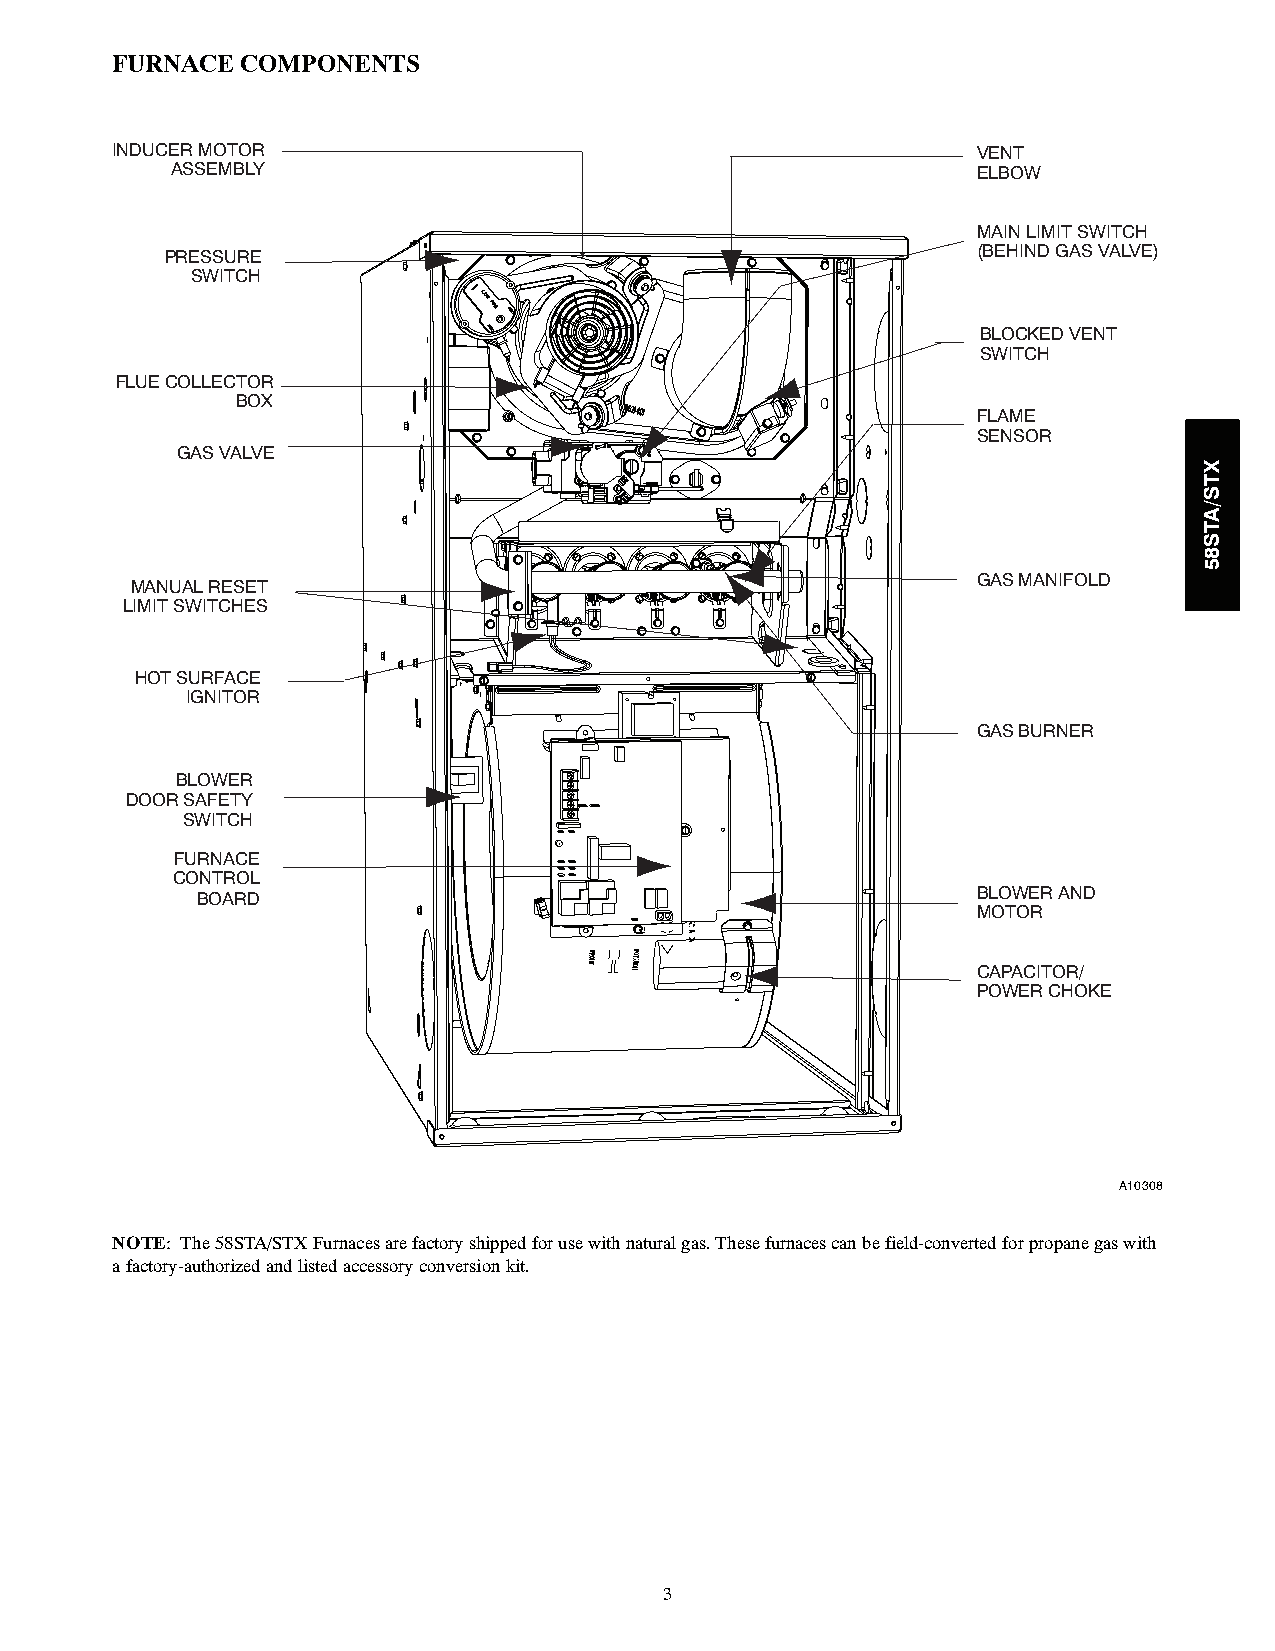
FURNACE  COMPONENTS
 INDUCER MOTOR                                             VENT
 ASSEMBLY                                              ELBOW
 MAIN LIMIT SWITCH
 PRESSURE                                              (BEHIND GAS VALVE)
 SWITCH
 BLOCKED VENT
 SWITCH
 FLUE COLLECTOR
 BOX
 FLAME
 SENSOR
 GAS VALVE
 GAS MANIFOLD
 MANUAL RESET
 LIMIT SWITCHES
 HOT SURFACE
 IGNITOR
 GAS BURNER
 BLOWER
 DOOR SAFETY
 SWITCH
 FURNACE
 CONTROL
 BOARD                                               BLOWER AND
 MOTOR
 CAPACITOR/
 POWER CHOKE
 A10308
 NOTE: The58STA/STXFurnacesarefactoryshippedforusewithnaturalgas.Thesefurnacescanbefield-convertedforpropanegaswith
 afactory-authorizedandlistedaccessoryconversionkit.
 3
 XTS/ATS85